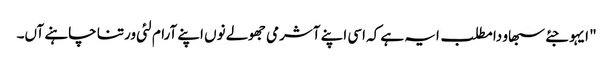
" ایہو جئے سبھاو دا مطلب ایہ ہے کہ اسی اپنے آشرمی جھولے نوں اپنے آرام لئی ورتنا چاہنے آں۔